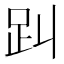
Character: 𧾻